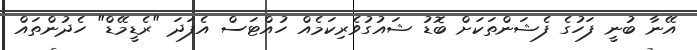
އޭނާ ބުނީ ފަހުގެ ފެޝަންތަކަށް ބޮޑު ޝައުގުވެރިކަމެއް ހުއްޓަސް އެފަދަ "ރެޑީމޭޑް" ހެދުންތައް